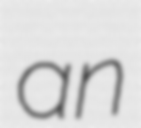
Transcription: an